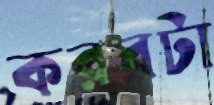
করবটা